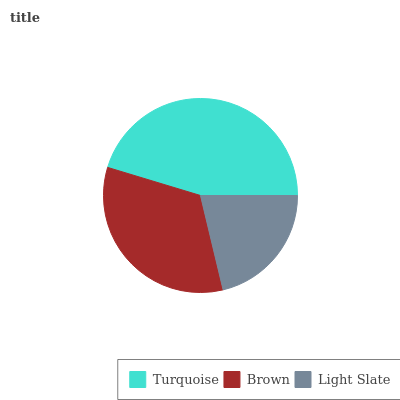
| Turquoise | Brown | Light Slate |
 | --- | --- | --- |
 | 45.3% | 33.4% | 21.3% |